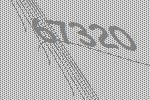
67320